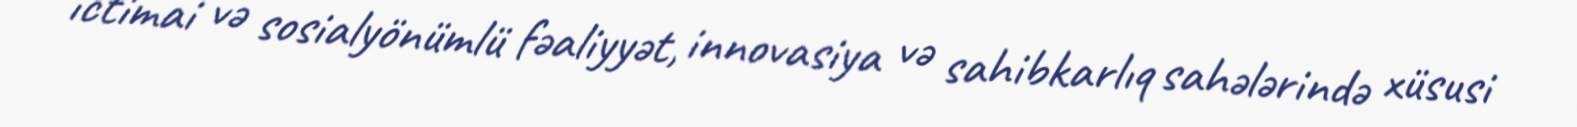
ictimai və sosialyönümlü fəaliyyət, innovasiya və sahibkarlıq sahələrində xüsusi